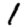
Digit: 1